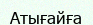
Атығайға